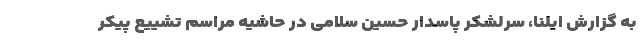
به گزارش ایلنا، سرلشکر پاسدار حسین سلامی در حاشیه مراسم تشییع پیکر